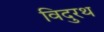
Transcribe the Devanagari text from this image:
विदुरथ